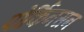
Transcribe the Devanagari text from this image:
पोर्किनसन